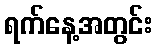
ရက်နေ့အတွင်း